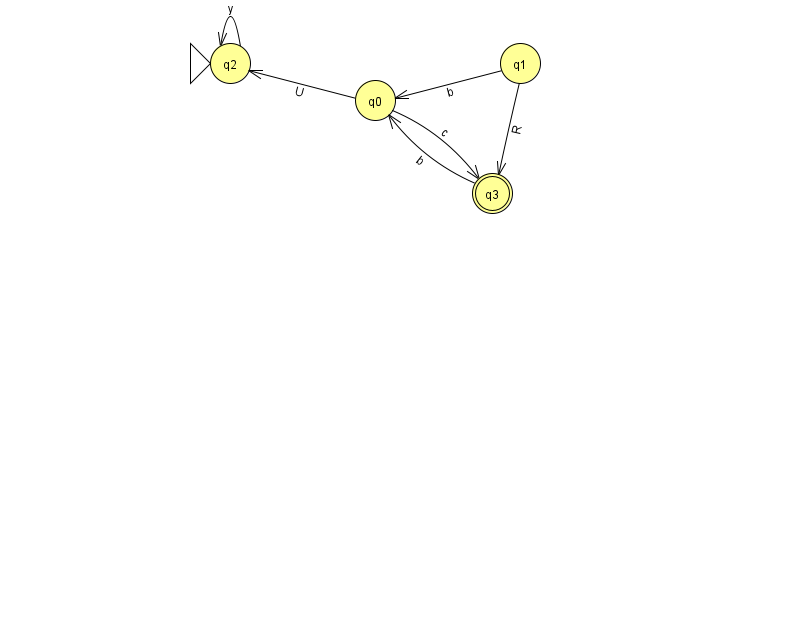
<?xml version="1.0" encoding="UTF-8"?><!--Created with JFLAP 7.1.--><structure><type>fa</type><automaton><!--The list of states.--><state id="0" name="q0"><x>375.0</x><y>87.0</y></state><state id="1" name="q1"><x>520.0</x><y>50.0</y></state><state id="2" name="q2"><x>230.0</x><y>50.0</y><initial/></state><state id="3" name="q3"><x>492.0</x><y>180.0</y><final/></state><!--The list of transitions.--><transition><from>0</from><to>3</to><read>c</read></transition><transition><from>3</from><to>0</to><read>b</read></transition><transition><from>1</from><to>0</to><read>b</read></transition><transition><from>2</from><to>2</to><read>y</read></transition><transition><from>1</from><to>3</to><read>R</read></transition><transition><from>0</from><to>2</to><read>U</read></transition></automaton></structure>